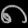
Digit: ၈